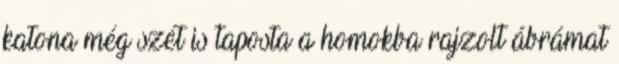
katona még szét is taposta a homokba rajzolt ábrámat